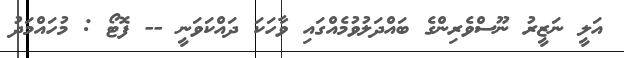
އަލީ ނަޒީރު ނޫސްވެރިންގެ ބައްދަލުވުމެއްގައި ވާހަކަ ދައްކަވަނީ -- ފޮޓޯ : މުހައްމަދު